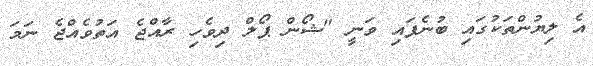
އެ ލިޔުންތަކުގައި ބުނެފައި ވަނީ "ޝޯން ޕޯލް ދިވެހި ރާއްޖެ އަތުވެއްޖެ ނަމަ